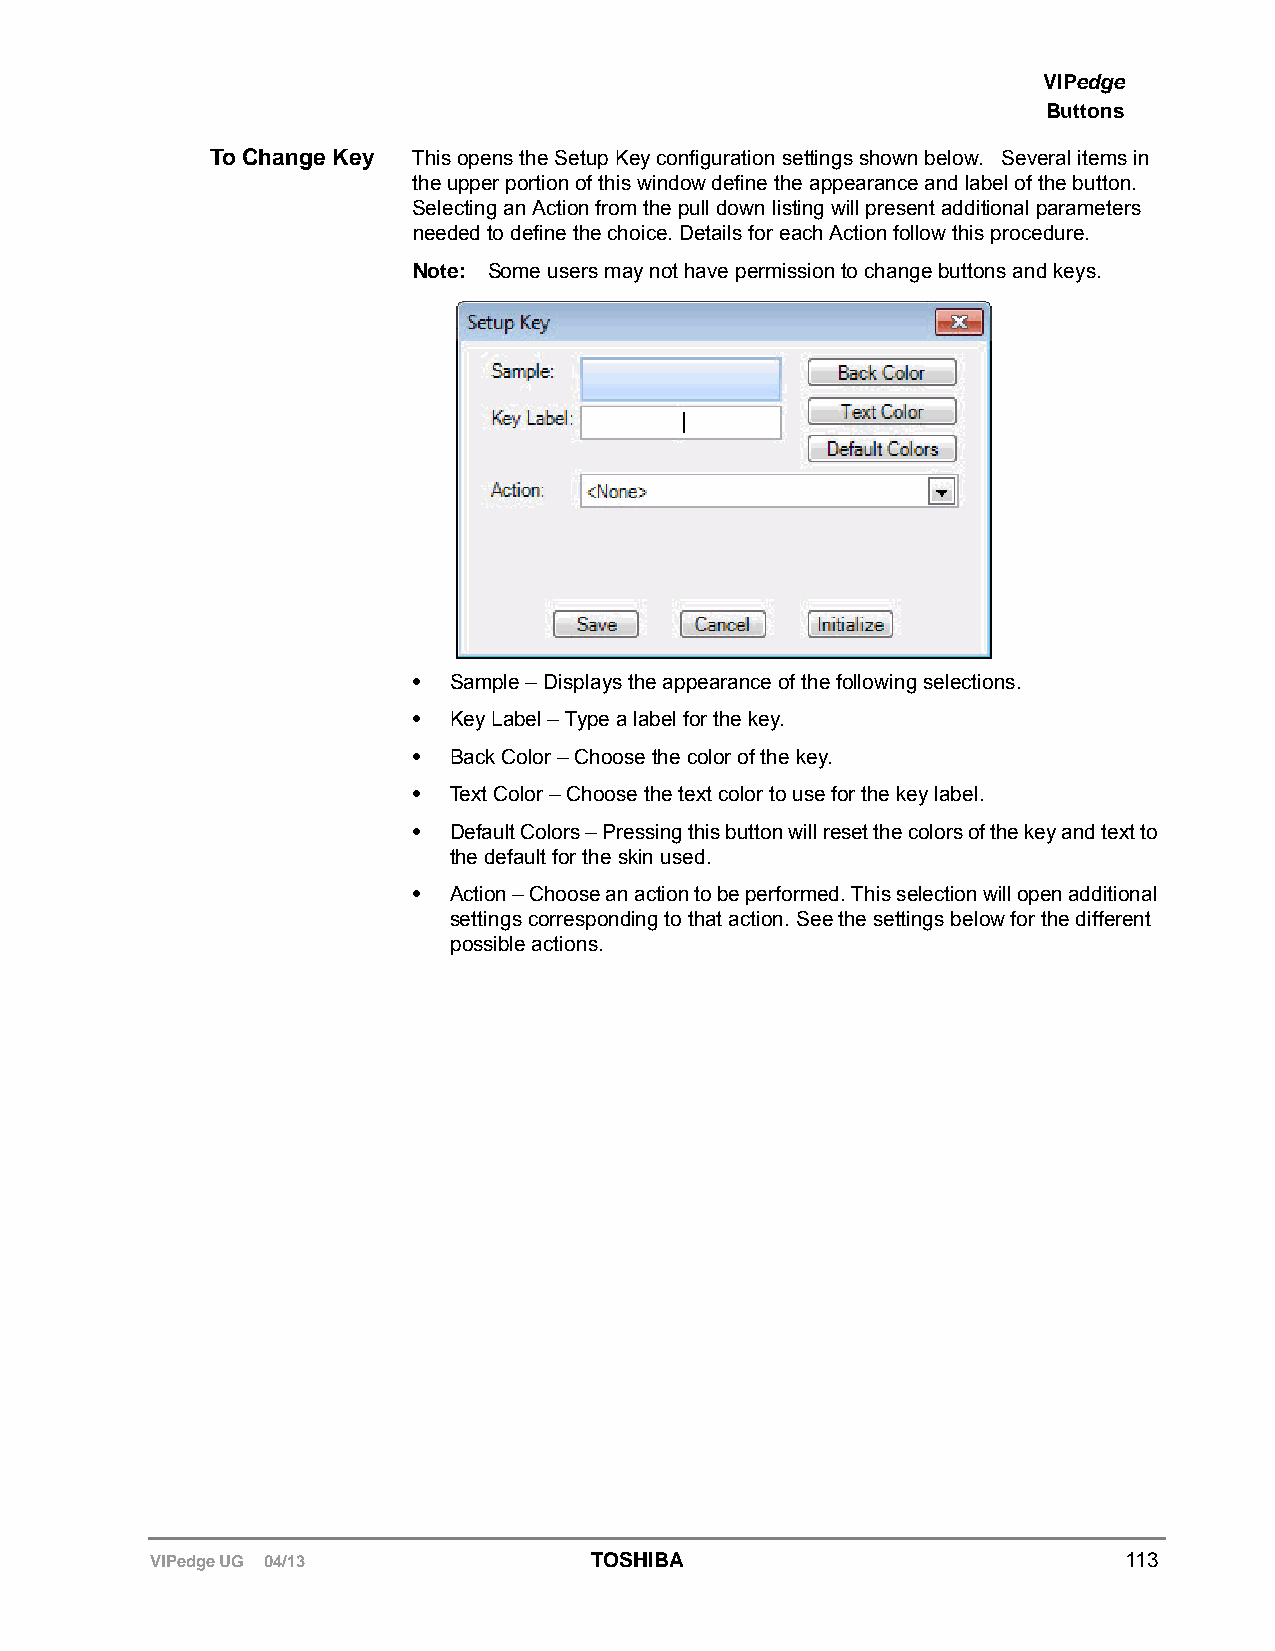
VIPedge
 Buttons
 To Change Key This opens the Setup Key configuration settings shown below. Several items in
 the upper portion of this window define the appearance and label of the button.
 Selecting an Action from the pull down listing will present additional parameters
 needed to define the choice. Details for each Action follow this procedure.
 Note: Some users may not have permission to change buttons and keys.
 •  Sample – Displays the appearance of the following selections.
 •  Key Label – Type a label for the key.
 •  Back Color – Choose the color of the key.
 •  Text Color – Choose the text color to use for the key label.
 •  Default Colors – Pressing this button will reset the colors of the key and text to
 the default for the skin used.
 •  Action – Choose an action to be performed. This selection will open additional
 settings corresponding to that action. See the settings below for the different
 possible actions.
 VIPedge UG 04/13             TOSHIBA                             113